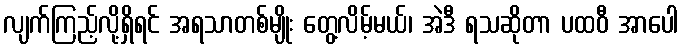
လျက်ကြည့်လို့ရှိရင် အရသာတစ်မျိုး တွေ့လိမ့်မယ်၊ အဲဒီ ရသဆိုတာ ပထဝီ အာပေါ